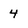
Character: 4